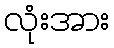
လုံးအား